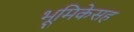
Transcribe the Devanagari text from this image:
भूमिकेसह